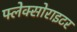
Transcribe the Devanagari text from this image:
फ्लेक्सोराइटर